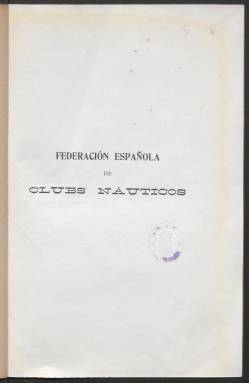
Título: Anuario (Federación Española de Clubs Náuticos)
Otros títulos: Anuario de la F.E.C.N., 1914-
Colección: Navegación || Deportes
Fechas: 01/10/1912-31/12/1914